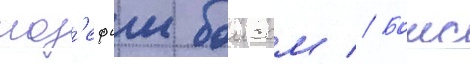
иоз'ефом боисом // Боис